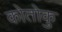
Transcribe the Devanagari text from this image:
कोतोकु